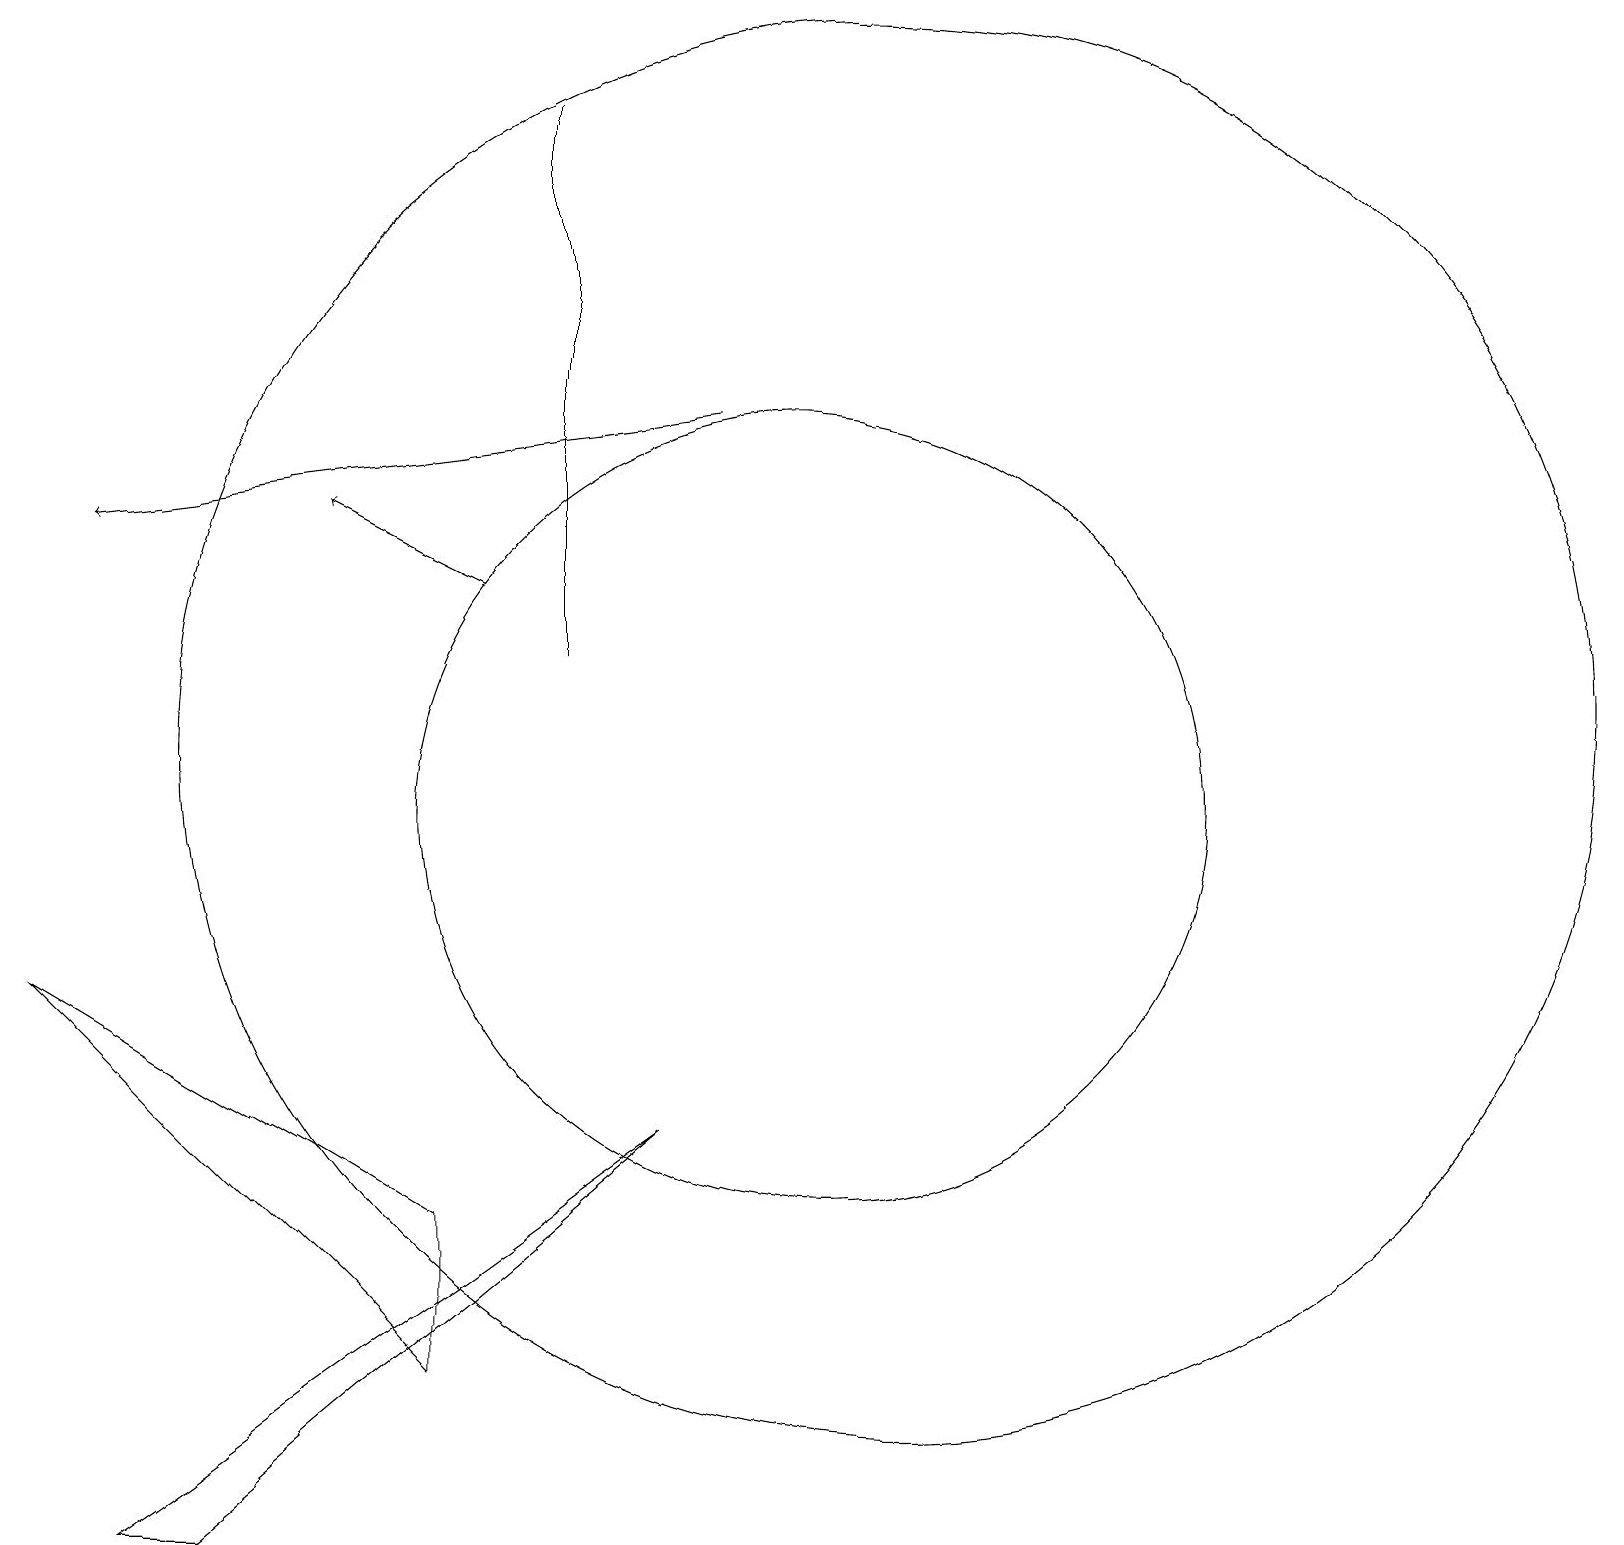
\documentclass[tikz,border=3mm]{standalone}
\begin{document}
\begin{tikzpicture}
\draw (10,10) circle (5);
\draw[->] (9,15) -- (1,14);
\draw (11,11) circle (9);
\draw (7,12) rectangle (7,19);
\draw (2,1) -- (1,1) -- (8,6) -- cycle;
\draw (5,3) -- (5,5) -- (0,8) -- cycle;
\draw[->] (6,13) -- (4,14);
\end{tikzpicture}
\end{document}